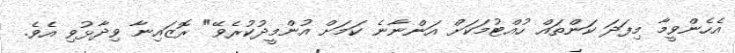
އެހެންވީމާ މިފަދަ ކަންތައް ހުއްޓުމަކަށް އަންނާނެ ކަމަށް އުންމީދުކުރެވޭ" ރޮޒައިނާ ވިދާޅުވި އެވެ.